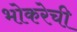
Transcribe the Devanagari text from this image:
भोकरेची